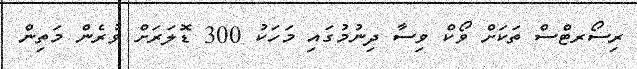
ރިސޯރޓްސް ތަކަށް ވޯކް ވިސާ ދިނުމުގައި މަހަކު 300 ޑޮލަރަށް ވުރެން މަތިން